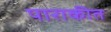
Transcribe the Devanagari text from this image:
पाराकीत